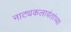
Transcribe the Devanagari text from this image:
नाट्यकलावंतांच्या